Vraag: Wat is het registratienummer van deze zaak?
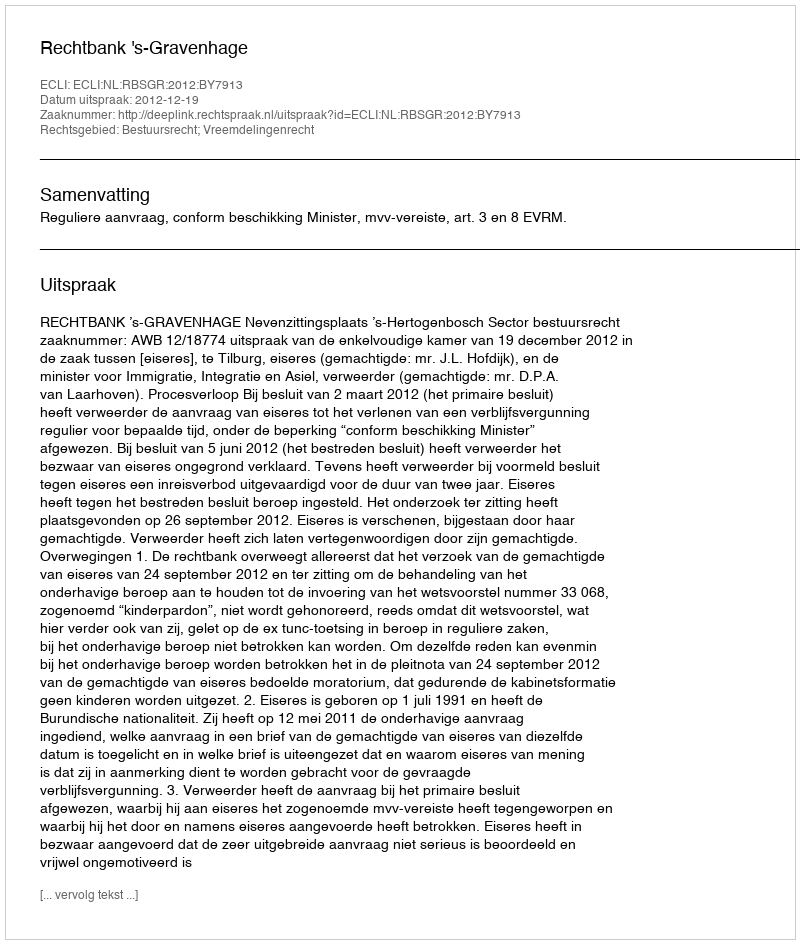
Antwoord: http://deeplink.rechtspraak.nl/uitspraak?id=ECLI:NL:RBSGR:2012:BY7913